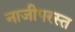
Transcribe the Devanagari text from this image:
नाजीपरस्त